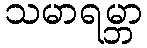
သမာရမ္ဘာ